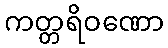
ကတ္တရိဝဏော